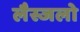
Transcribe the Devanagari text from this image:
लैस्जलो